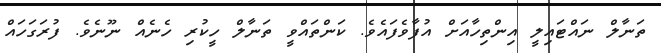
ތަނާލް ނައްޓައިލީ އިންތިހާއަށް އުފާވެފައެވެ. ކަންތައްވީ ތަނާލް ހީކުރި ހެނެއް ނޫނެވެ. ފުރަގަހައް